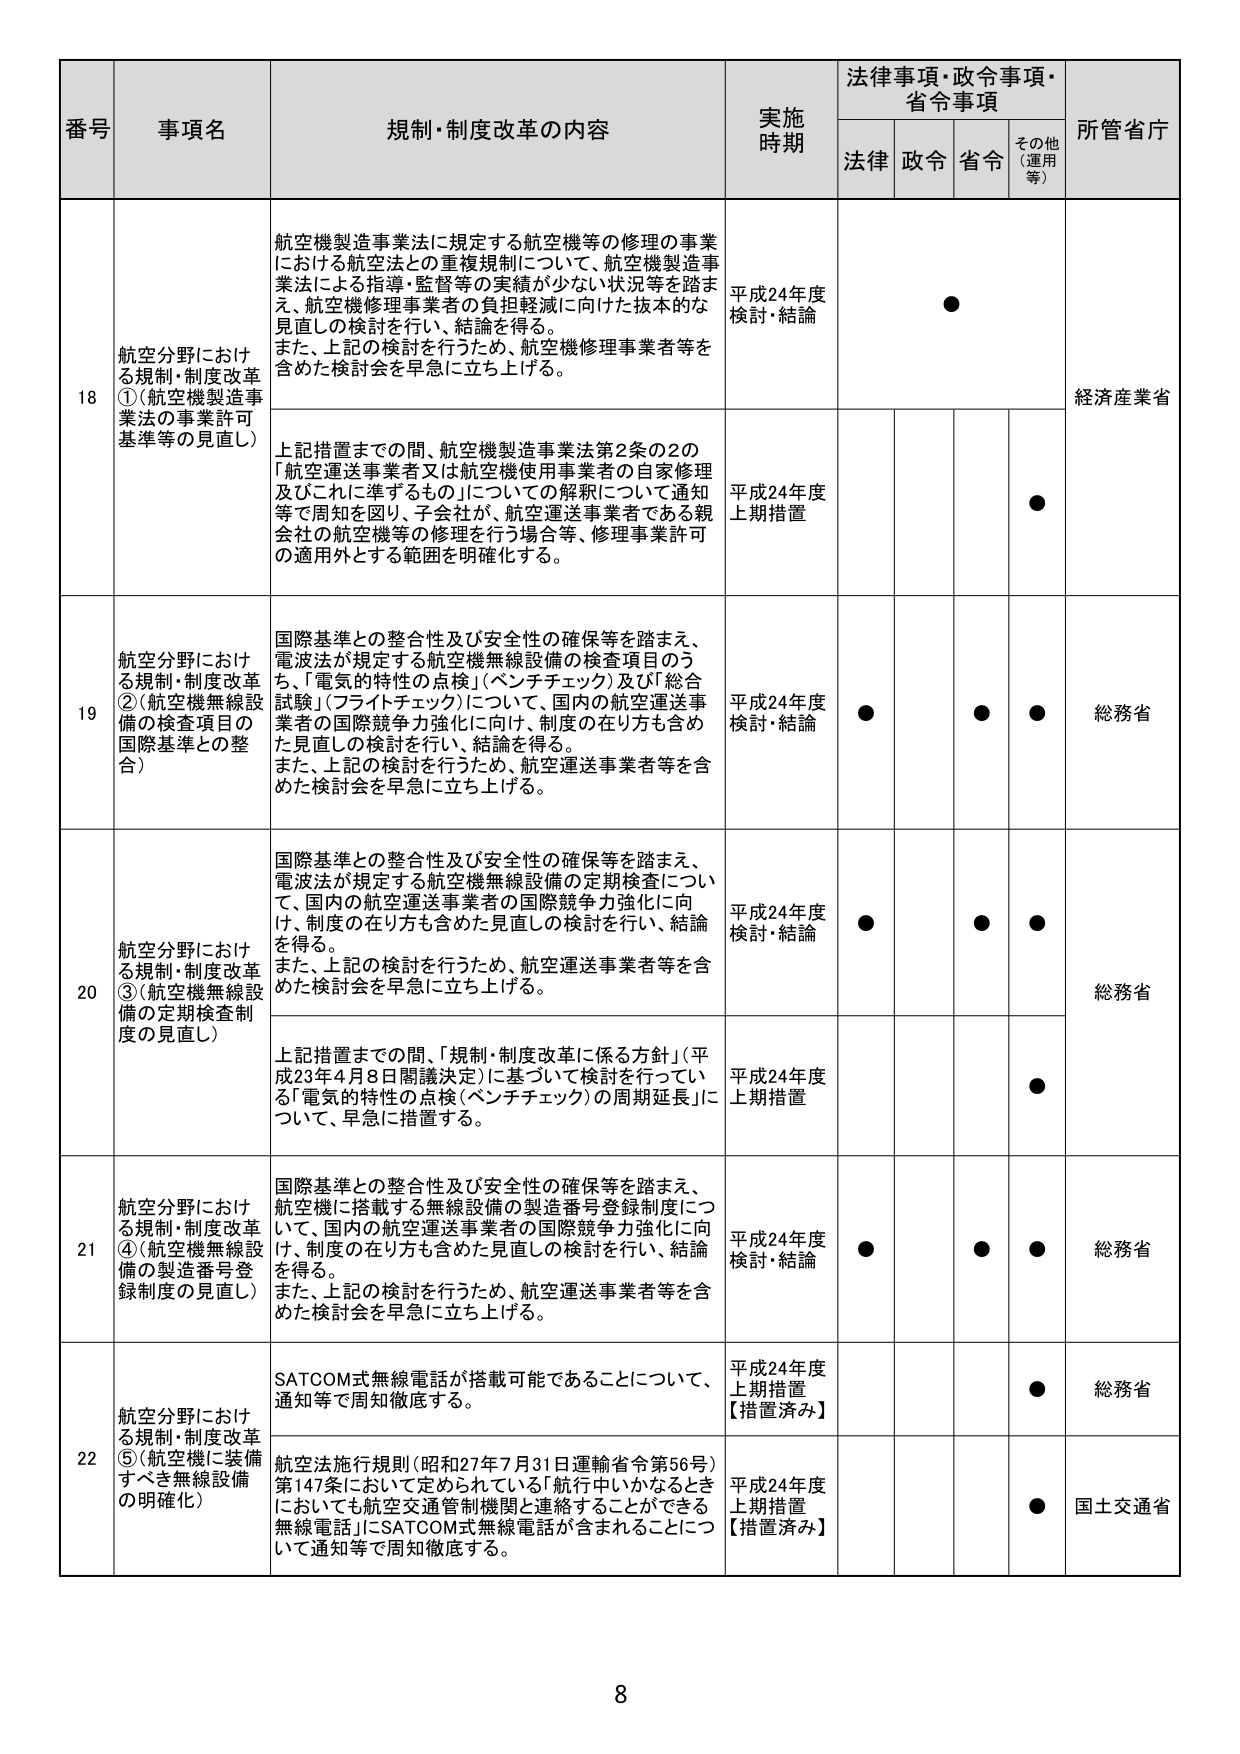
番号 事項名 規制・制度改革の内容 実施時期 法律事項・政令事項・省令事項 所管省庁
法律 政令 省令 その他（運用等）
18 航空分野における規制・制度改革①（航空機製造事業法の事業許可基準等の見直し） 航空機製造事業法に規定する航空機等の修理の事業における航空法との重複規制について、航空機製造事業法による指導・監督等の実績が少ない状況等を踏まえ、航空機修理事業者の負担軽減に向けた抜本的な見直しの検討を行い、結論を得る。また、上記の検討を行うため、航空機修理事業者等を含めた検討会を早急に立ち上げる。 平成24年度検討・結論 ● 経済産業省
上記措置までの間、航空機製造事業法第2条の2の「航空運送事業者又は航空機使用事業者の自家修理及びこれに準ずるもの」についての解釈について通知等で周知を図り、子会社が、航空運送事業者である親会社の航空機等の修理を行う場合等、修理事業許可の適用外とする範囲を明確化する。 平成24年度上期措置 ●
19 航空分野における規制・制度改革②（航空機無線設備の検査項目の国際基準との整合） 国際基準との整合性及び安全性の確保等を踏まえ、電波法が規定する航空機無線設備の検査項目のうち、「電気的特性の点検」（ベンチチェック）及び「総合試験」（フライトチェック）について、国内の航空運送事業者の国際競争力強化に向け、制度の在り方も含めた見直しの検討を行い、結論を得る。また、上記の検討を行うため、航空運送事業者等を含めた検討会を早急に立ち上げる。 平成24年度検討・結論 ● ● ● 総務省
20 航空分野における規制・制度改革③（航空機無線設備の定期検査制度の見直し） 国際基準との整合性及び安全性の確保等を踏まえ、電波法が規定する航空機無線設備の定期検査について、国内の航空運送事業者の国際競争力強化に向け、制度の在り方も含めた見直しの検討を行い、結論を得る。また、上記の検討を行うため、航空運送事業者等を含めた検討会を早急に立ち上げる。 平成24年度検討・結論 ● ● ● 総務省
上記措置までの間、「規制・制度改革に係る方針」（平成23年4月8日閣議決定）に基づいて検討を行っている「電気的特性の点検（ベンチチェック）の周期延長」について、早急に措置する。 平成24年度上期措置 ●
21 航空分野における規制・制度改革④（航空機無線設備の製造番号登録制度の見直し） 国際基準との整合性及び安全性の確保等を踏まえ、航空機に搭載する無線設備の製造番号登録制度について、国内の航空運送事業者の国際競争力強化に向け、制度の在り方も含めた見直しの検討を行い、結論を得る。また、上記の検討を行うため、航空運送事業者等を含めた検討会を早急に立ち上げる。 平成24年度検討・結論 ● ● ● 総務省
22 航空分野における規制・制度改革⑤（航空機に装備すべき無線設備の明確化） SATCOM式無線電話が搭載可能であることについて、通知等で周知徹底する。 平成24年度上期措置【措置済み】 ● 総務省
航空法施行規則（昭和27年7月31日運輸省令第56号）第147条において定められている「航行中いかなるときにおいても航空交通管制機関と連絡することができる無線電話」にSATCOM式無線電話が含まれることについて通知等で周知徹底する。 平成24年度上期措置【措置済み】 ● 国土交通省
8